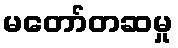
မတော်တဆမှု